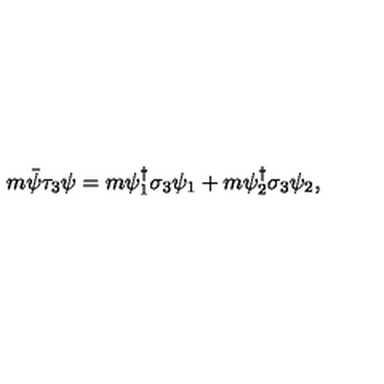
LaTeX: m \bar { \psi } \tau _ { 3 } \psi = m \psi _ { 1 } ^ { \dagger } \sigma _ { 3 } \psi _ { 1 } + m \psi _ { 2 } ^ { \dagger } \sigma _ { 3 } \psi _ { 2 } ,